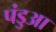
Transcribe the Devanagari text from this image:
पंडुआ